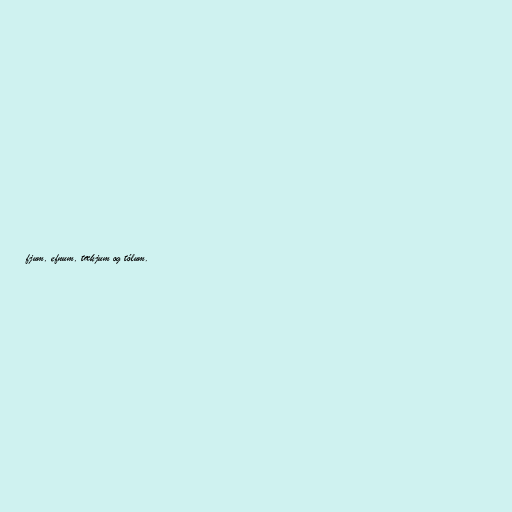
fjum, efnum, tækjum og tólum.